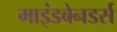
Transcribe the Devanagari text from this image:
माइंडबेनडर्स